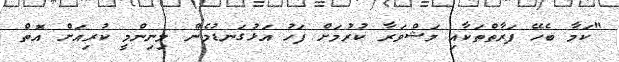
"ކަމާ ބެހޭ ފަރާތްތަކާއި މަޝްވަރާ ކުރުމަށް ފަހު އަޅުގަނޑުމެން މިނިންމީ ކުރިއަށް އޮތް